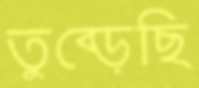
তুব্‌ড়েছি